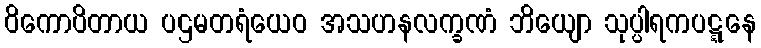
ဝိကောပိတာယ ပဌမတရံယေဝ အသဟနလက္ခဏံ ဘိယျော သုပ္ပါရကပဋ္ဋနေ